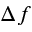
\Delta f